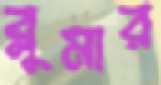
ব্লুমার